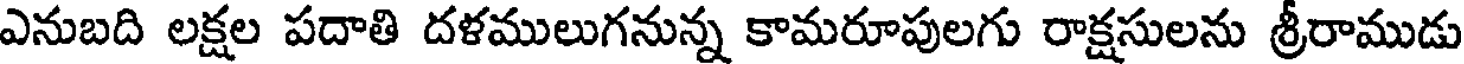
ఎనుబది లక్షల పదాతి దళములుగనున్న కామరూపులగు రాక్షసులను శ్రీరాముడు